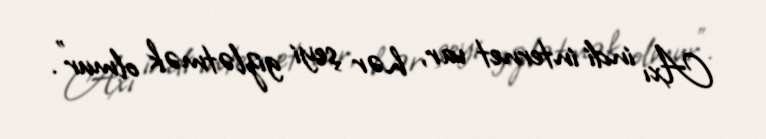
Axı indi internet var, hər şeyi gizlətmək olmur".